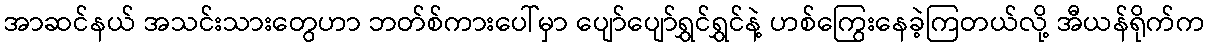
အာဆင်နယ် အသင်းသားတွေဟာ ဘတ်စ်ကားပေါ်မှာ ပျော်ပျော်ရွှင်ရွှင်နဲ့ ဟစ်ကြွေးနေခဲ့ကြတယ်လို့ အီယန်ရိုက်က